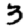
Digit: 3